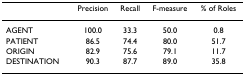
|  | Precision | Recall | F-measure | % of Roles |
 | --- | --- | --- | --- | --- |
 | AGENT | 100.0 | 33.3 | 50.0 | 0.8 |
 | PATIENT | 86.5 | 74.4 | 80.0 | 51.7 |
 | ORIGIN | 82.9 | 75.6 | 79.1 | 11.7 |
 | DESTINATION | 90.3 | 87.7 | 89.0 | 35.8 |